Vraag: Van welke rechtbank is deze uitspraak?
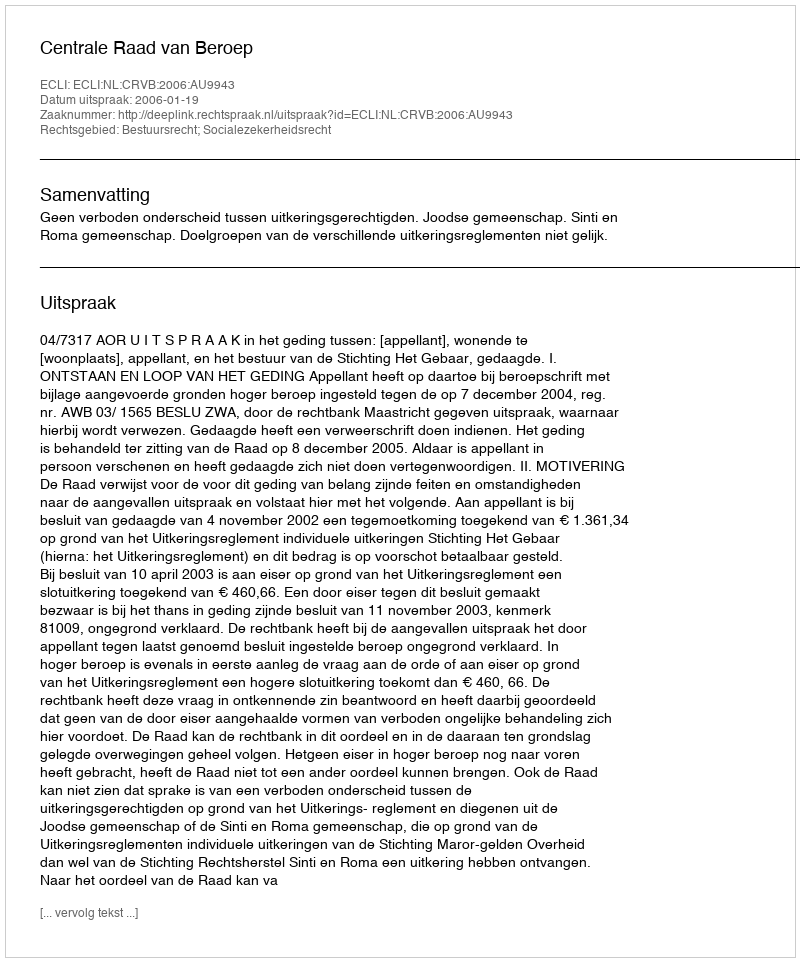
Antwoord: Centrale Raad van Beroep